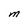
Character: M